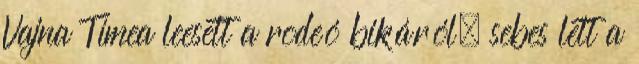
Vajna Tímea leesett a rodeó bikáról, sebes lett a